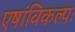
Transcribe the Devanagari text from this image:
एषांविकल्पः